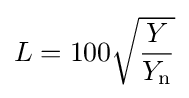
L=100{\sqrt {\frac {Y}{Y_{\mathrm {n} }}}}